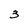
Character: 3